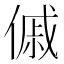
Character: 傶